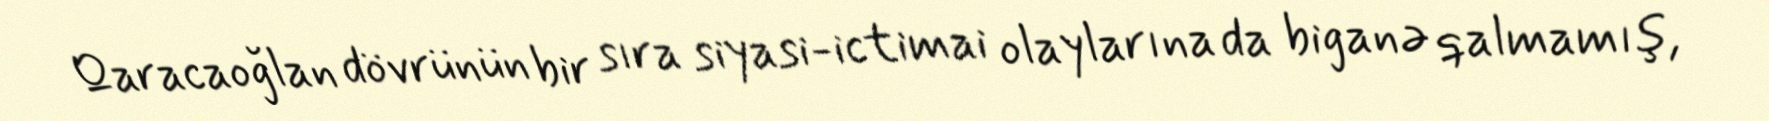
Qaracaoğlan dövrünün bir sıra siyasi-ictimai olaylarına da biganə qalmamış,